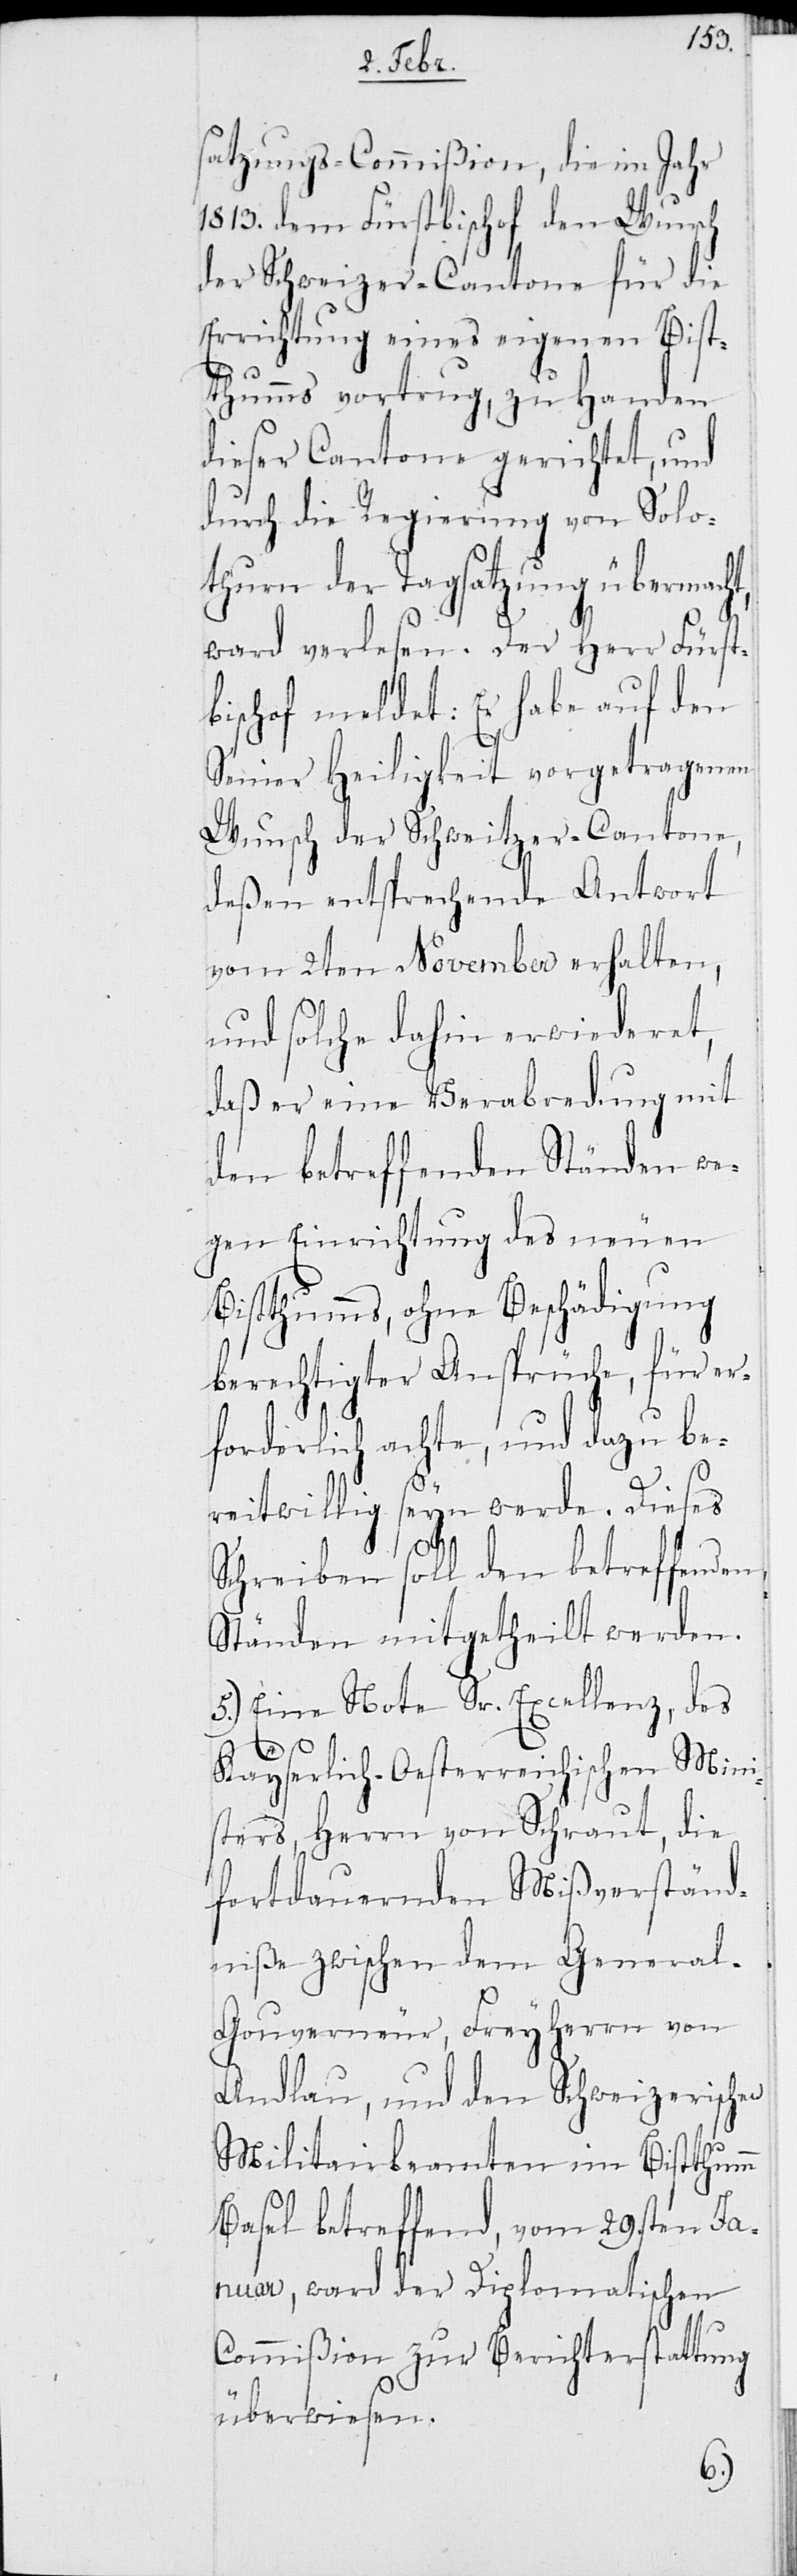
satzungs-Commißion, die im Jahr
1813. dem Fürstbischof den Wunsch
der Schweizer-Cantone für die
Errichtung eines eigenen Bist¬
thumms vortrug, zu Handen
dieser Cantone gerichtet, und
durch die Regierung von Solo¬
thurn der Tagsatzung übermach¬
ward verlesen. Der Herr Fürst¬
bischof meldet: Er habe auf den
Seiner Heiligkeit vorgetragenen
Wunsch der Schweitzer-Cantone,
deßen entsprechende Antwort
vom 2. November erhalten,
und solche dahin erwiederet,
daß er eine Verabredung mit
den betreffenden Ständen we¬
gen Einrichtung des neuen
Bistthumms, ohne Beschädigung
berechtigter Ansprüche, für er¬
forderlich achte, und dazu be¬
reitwillig seyn werde. Dieses
ut,
Schreiben soll den betreffenden
Ständen mitgetheilt werde¬
5.) Eine Note Sr. Excellenz, des
Kayserlich-Oesterreichischen Mini¬
sters, Herrn von Schra¬
fortdauernden Mißverständ¬
niße zwischen dem Genera¬
l-Gouverneur, Freyherrn von
Andlau, und den Schweizerischen
Militairbeamten im Bistthumm
Basel betreffend, vom 29sten Ja¬
nuar, ward der Diplomatischen
Commißion zur Berichterstattung
überwiesen.